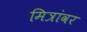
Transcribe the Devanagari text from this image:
मित्रांवर